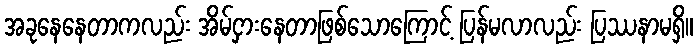
အခုနေနေတာကလည်း အိမ်ငှားနေတာဖြစ်သောကြောင့် ပြန်မလာလည်း ပြဿနာမရှိ။